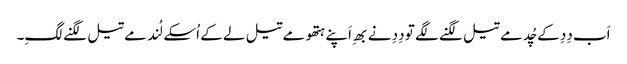
اَب دِدِ کے چُد مے تیل لگنے لگے تو دِدِ نے بھِ اَپنے ہتھو مے تیل لے کے اُسکے لُند مے تیل لگنے لگِ۔